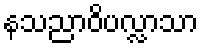
နသညာဝိပလ္လာသာ